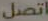
اتصل